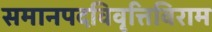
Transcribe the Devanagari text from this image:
समानपदविवृत्तिविराम